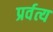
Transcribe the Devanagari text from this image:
प्रर्वत्य